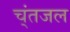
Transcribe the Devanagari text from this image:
च्ंतजल